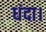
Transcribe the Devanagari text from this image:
धंदा।